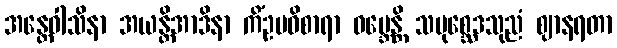
အန္တေဝါသိနာ အယန္တိအာဒိနာ ကိံဥပဝိစာရာ ဝမ္ဘေန္တိ သမုစ္ဆေဒသုညံ ဈာနရတာ